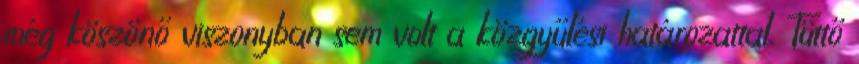
még köszönő viszonyban sem volt a közgyűlési határozattal. Tüttő